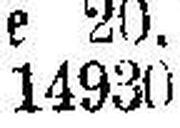
14930